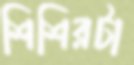
শিশিরটা